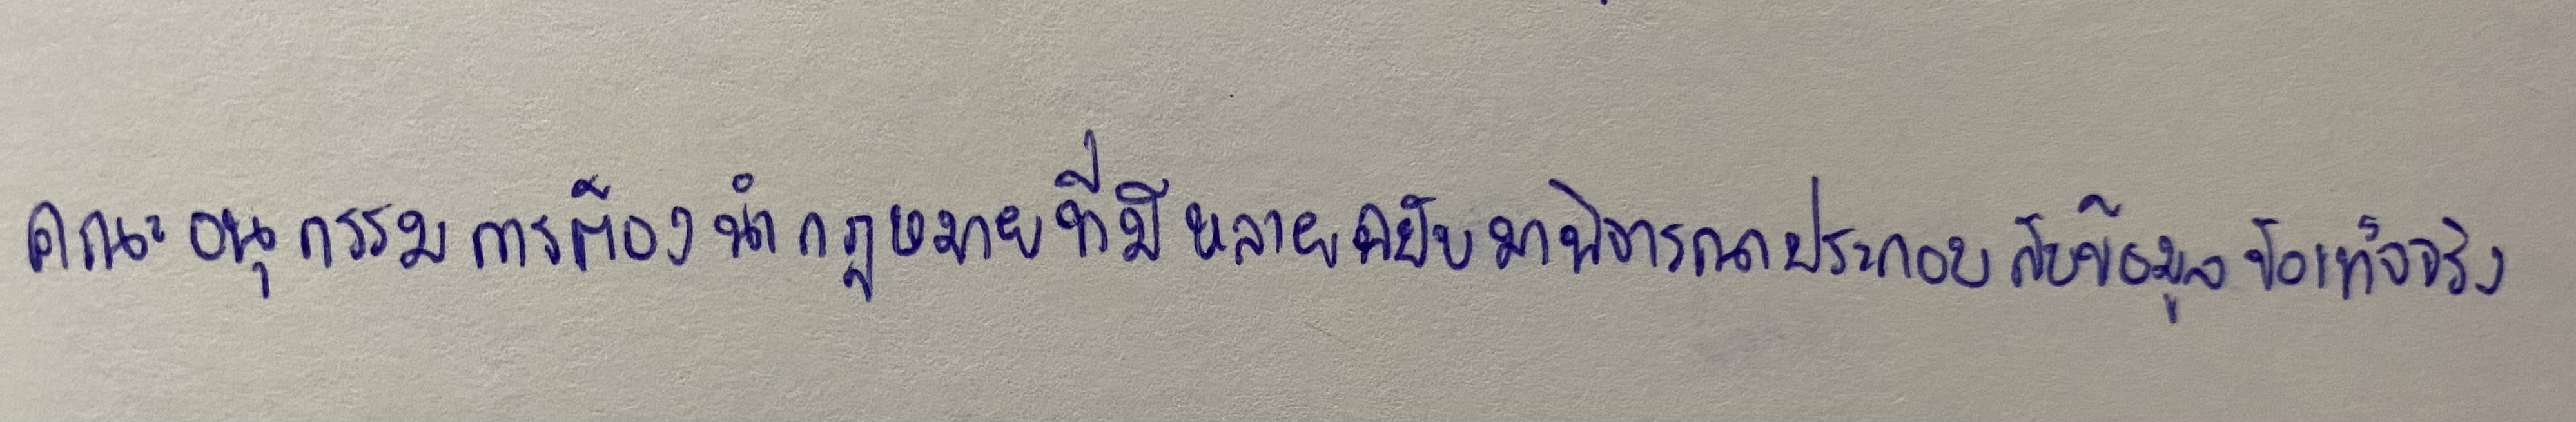
คณะอนุกรรมการต้องนำกฎหมายที่มีหลายฉบับมาพิจารณาประกอบกับข้อมูลข้อเท็จจริง